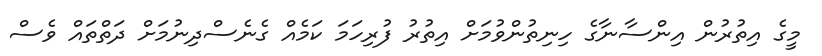
މީގެ އިތުރުން އިންސާނާގެ ހިނިތުންވުމަށް އިތުރު ފުރިހަމަ ކަމެއް ގެނެސްދިނުމަށް ދަތްތައް ވެސް